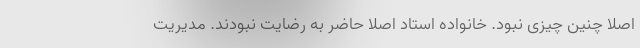
اصلاً چنین چیزی نبود. خانواده استاد اصلاً حاضر به رضایت نبودند. مدیریت